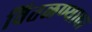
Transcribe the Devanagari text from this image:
वितळण्याचा